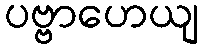
ပဗ္ဗာဟေယျ